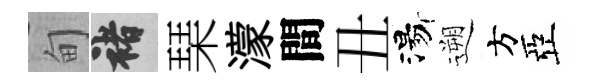
甸褚琹濛間丑湯遡方亞